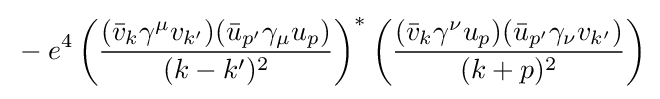
{}-e^{4}\left({\frac {({\bar {v}}_{k}\gamma ^{\mu }v_{k'})({\bar {u}}_{p'}\gamma _{\mu }u_{p})}{(k-k')^{2}}}\right)^{*}\left({\frac {({\bar {v}}_{k}\gamma ^{\nu }u_{p})({\bar {u}}_{p'}\gamma _{\nu }v_{k'})}{(k+p)^{2}}}\right)